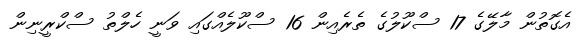
އެގޮތުން މާލޭގެ 17 ސްކޫލުގެ ތެރެއިން 16 ސްކޫލެއްގައި ވަނީ ހެލްތު ސްކްރީނިން